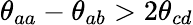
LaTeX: \theta_{aa}-\theta_{ab}>2\theta_{cd}